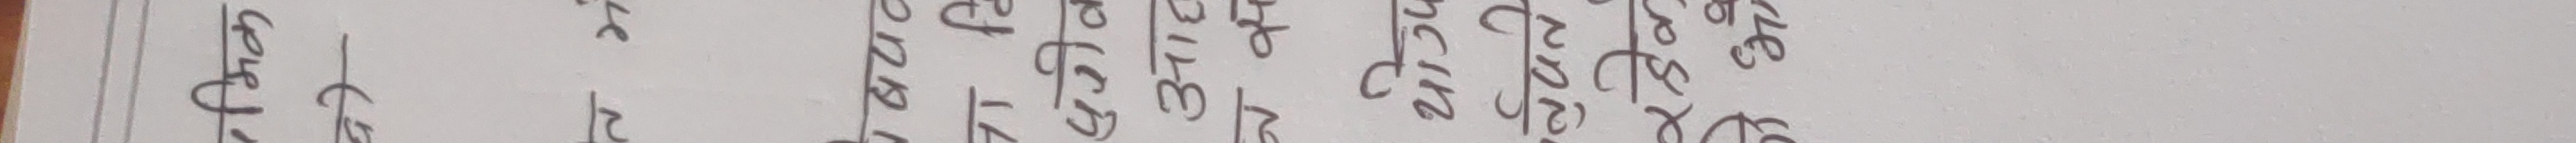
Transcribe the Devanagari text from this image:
१ ६४ २४
२ १८ ३६
३ ३१२ ७२
४ ३४४ ४८
५ ५६ ६०